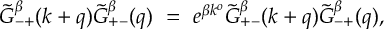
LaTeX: \tilde { G } _ { - + } ^ { \beta } ( k + q ) \tilde { G } _ { + - } ^ { \beta } ( q ) \ = \ e ^ { \beta k ^ { o } } \tilde { G } _ { + - } ^ { \beta } ( k + q ) \tilde { G } _ { - + } ^ { \beta } ( q ) ,